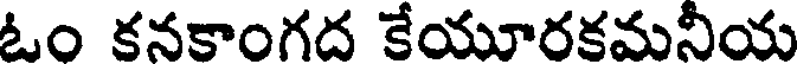
ఓం కనకాంగద కేయూరకమనీయ